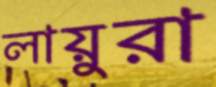
লায়ুরা